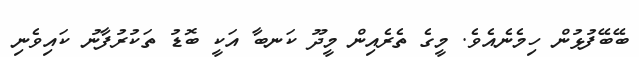
ބޭބޭފުޅުން ހިމެނެއެވެ. މީގެ ތެރެއިން މީދޫ ކަނބާ އަކީ ބޮޑު ތަކުރުފާނު ކައިވެނި